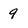
Character: 9